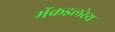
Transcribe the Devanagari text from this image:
मॅकइलरेथ